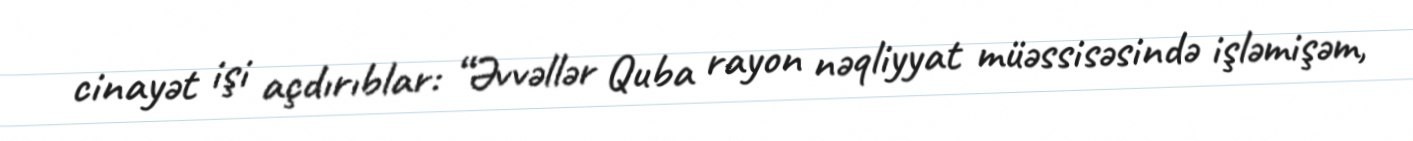
cinayət işi açdırıblar: “Əvvəllər Quba rayon nəqliyyat müəssisəsində işləmişəm,